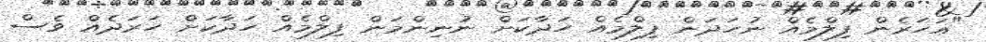
"އަހަރެން ފިލްމެއް ނުހަދަން ފިލްމެއް ހަދާކަށް ނުނިންމަން ފިލްމެއް ހަދާކަށް ހަރަދެއް ވެސް